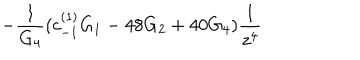
- \frac { 1 } { G _ { 4 } } ( c _ { - 1 } ^ { ( 1 ) } G _ { 1 } - 4 8 G _ { 2 } + 4 0 G _ { 4 } ) \frac { 1 } { z ^ { 4 } }